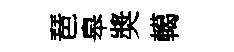
琶皋奬轕